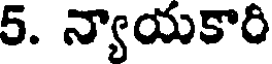
5. న్యాయకారి